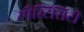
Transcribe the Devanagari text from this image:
स्पैस्टिसिटी